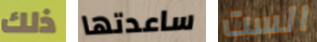
ذلك ساعدتها الست